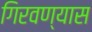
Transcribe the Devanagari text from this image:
गिरवण्यास